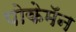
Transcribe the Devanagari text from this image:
पोकेमॅन